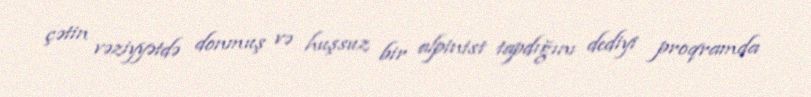
çətin vəziyyətdə donmuş və huşsuz bir alpinist tapdığını dediyi proqramda